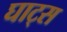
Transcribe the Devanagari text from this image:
घाट्स